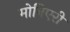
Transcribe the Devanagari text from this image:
मोनिएरी